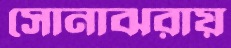
সোনাঝরায়